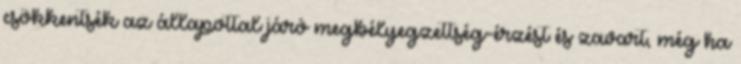
csökkentsék az állapottal járó megbélyegzettség-érzést és zavart, még ha